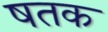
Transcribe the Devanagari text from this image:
षतक